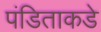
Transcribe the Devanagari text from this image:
पंडिताकडे